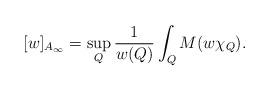
LaTeX: \begin{align*}[w]_{A_{\infty}} = \sup_{Q} \frac{1}{w(Q)}\int_Q M(w\chi_Q).\end{align*}